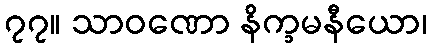
၇၇။ သာဝဏော နိက္ခမနီယော၊